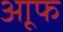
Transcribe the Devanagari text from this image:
आूफ